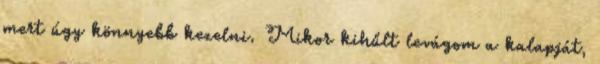
mert úgy könnyebb kezelni. Mikor kihűlt levágom a kalapját,